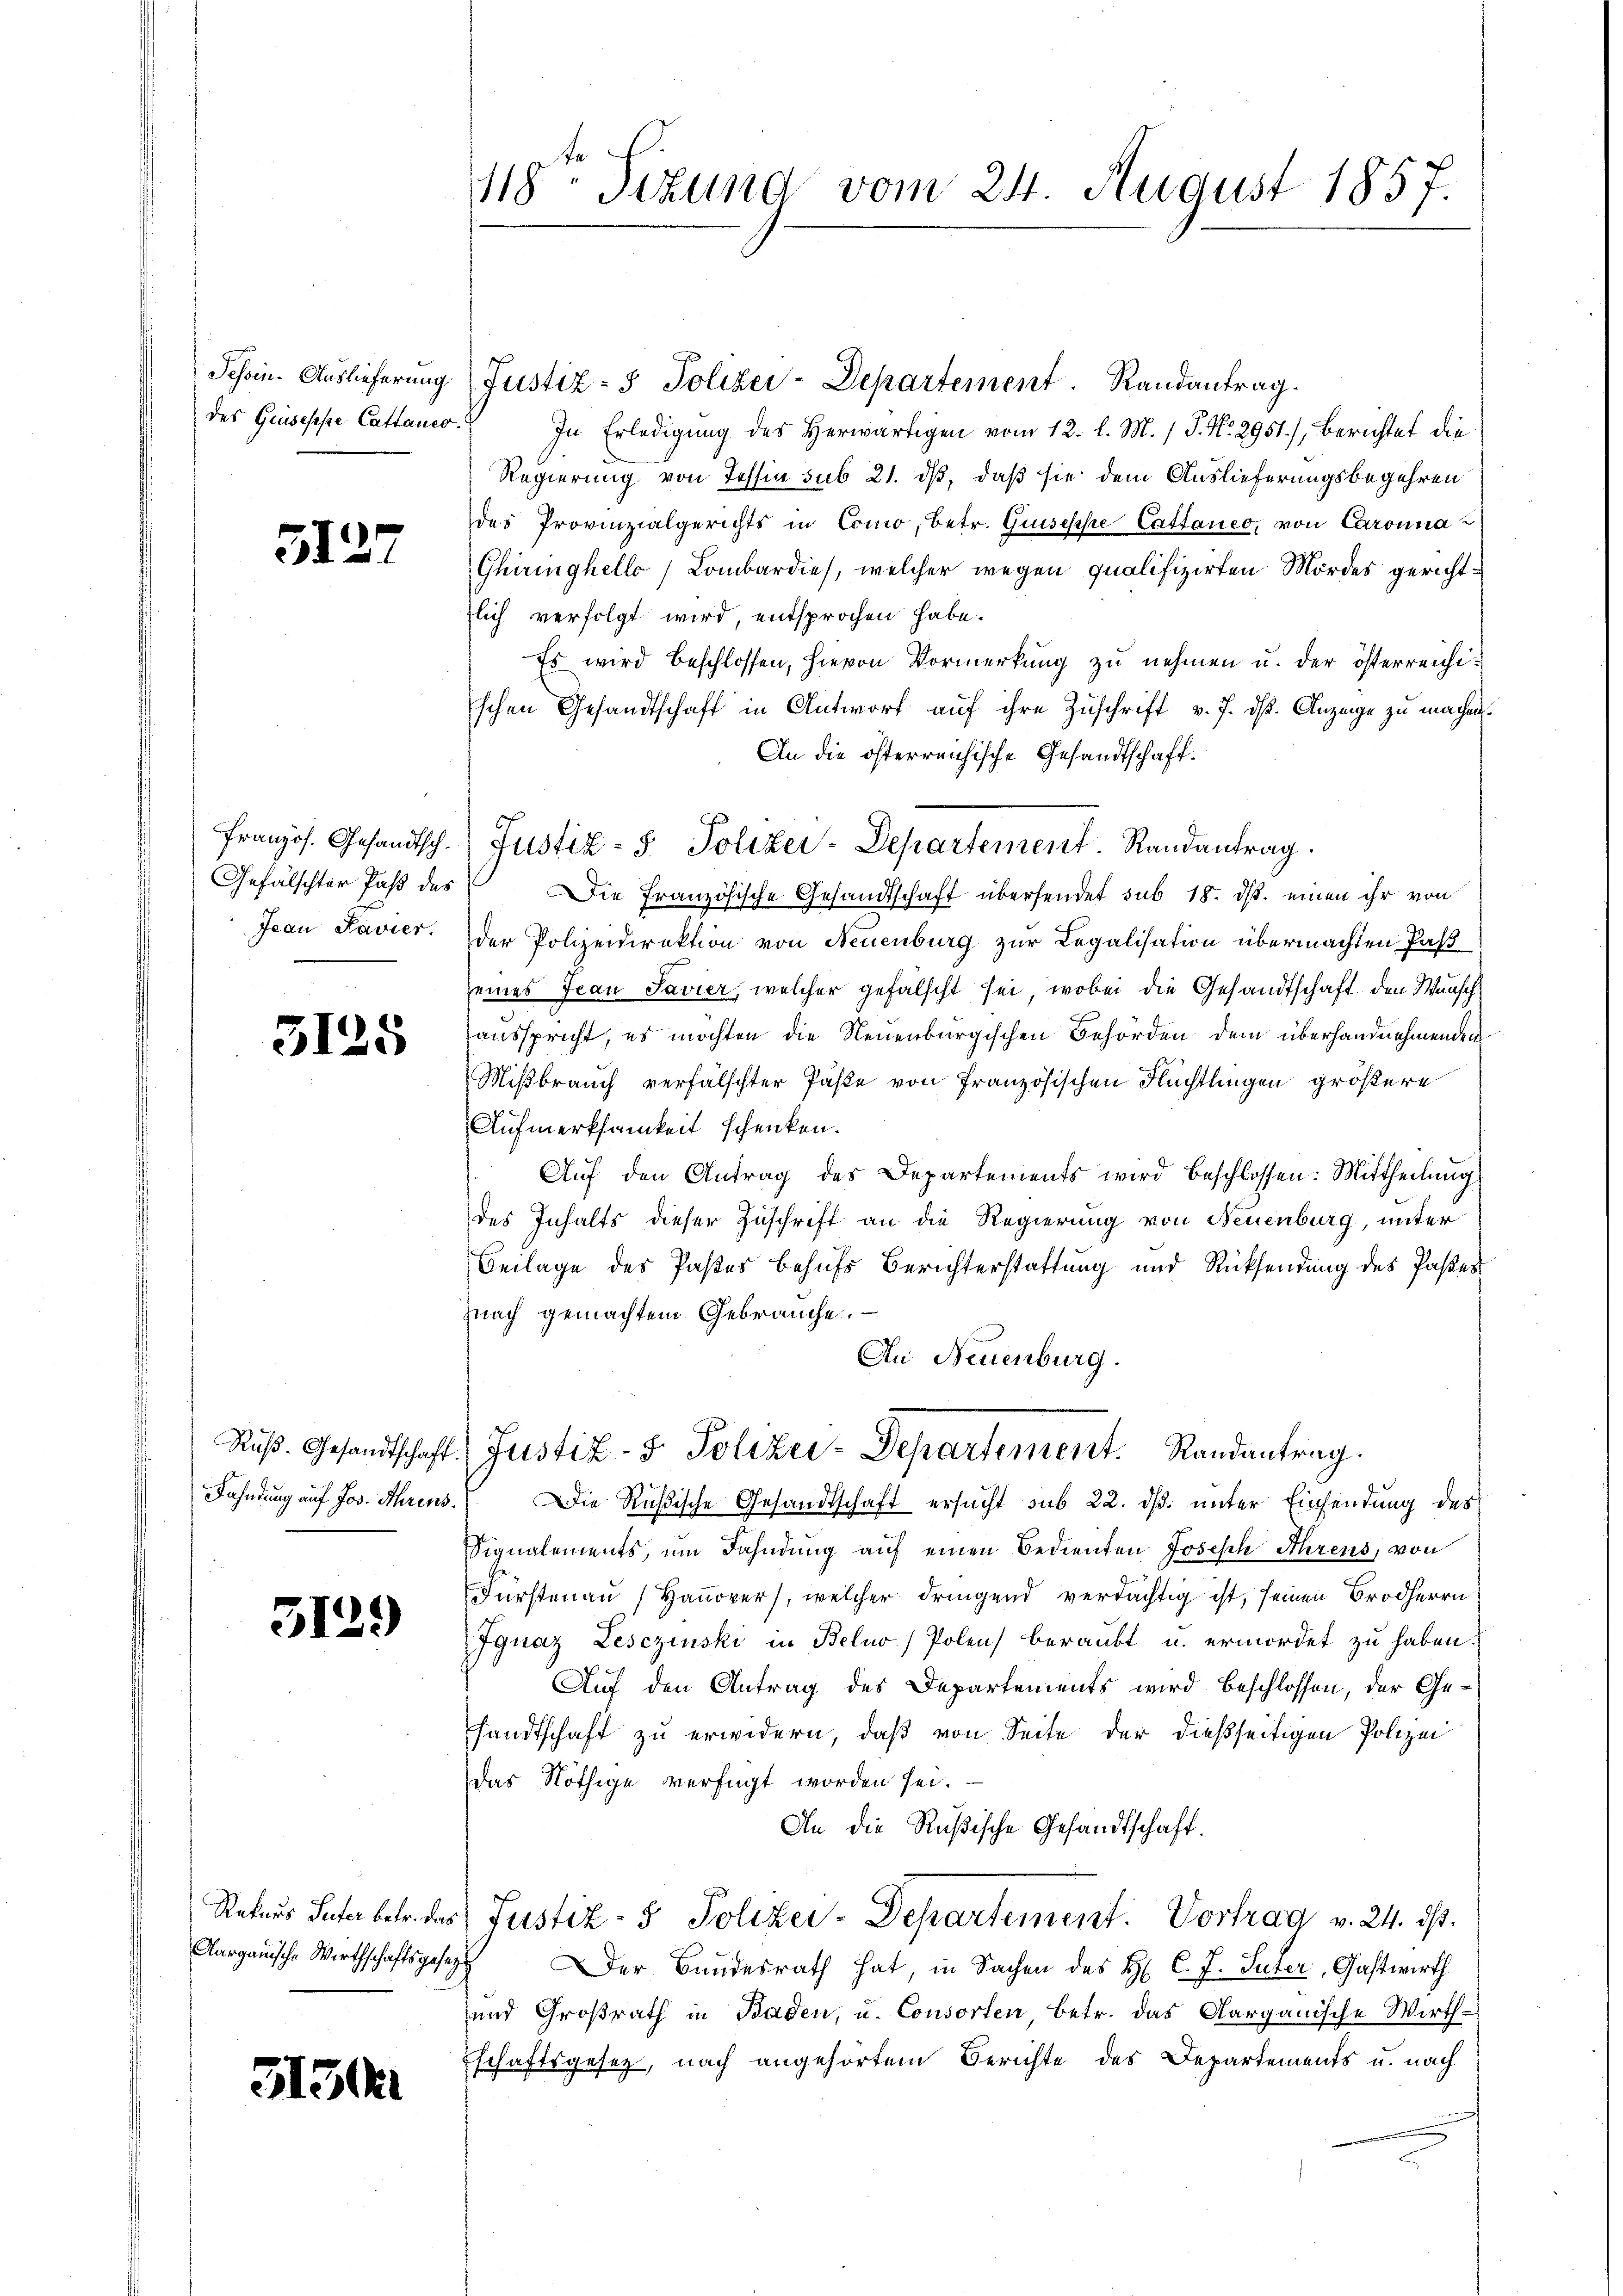
Sehoin. Auslieferung
des Guisesse Cattaner.

5127

Französ. Gesandtsch.
Gefälschter Paß des
Jean Pavier.

3125

Ruß. Gesandtschaft
Fahndung auf Jos. Ahrens.

5129

Aargauische Wirthschaftsgese¬

5150

118. Sitzung vom 24. August 1857.

Justiz- & Polizei-Departement. Randantrag.
In Erledigung des Herwärtigen vom 12. l. M. 1 P. Nr. 2951), berichtet die
Regierung von Tessia sub 21. dß, daß sie dem Auslieferungsbegehren
des Provinzialgerichts in Como, betr. Giuseppe Cattaneo, von Caronna
Ghiringhello, Lombardies, welcher wegen qualifizirten Mordes gerichtzlich verfolgt wird, entsprochen habe.
Es wird beschlossen, hievon Vormerkung zu nehmen u. der österreichischen Gesandtschaft in Antwort aŭf ihre Zŭschrift v. 7. ds. Anzeige zu machen.
An die österreichische Gesandtschaft.
Die Französische Gesandtschaft übersendet sub 18. ds. einen ihr von
der Polizeidirektion von Neuenburg zur Legalisation übermachten Paß
seines Jean Pavier, welcher gefälscht sei, wobei die Gesandtschaft den Wunsch
ausspricht, es möchten die Neuenburgischen Behörden dem überhandnehmenden
Mißbrauch verfälschter Paste von Französischen Nüchtlingen größere
Aufmerksamkeit schenken.
Aŭf den Antrag des Departements wird beschlossen: Mittheilung
des Inhalts dieser Zuschrift an die Regierung von Neuenburg, unter
Beilage des Pastes behufs Berichterstattung und Rücksendung des Paßes
nach gemachtem Gebrauche.
An Neuenburg.
 Justiz- & Polizei-Departement. Randantrag.
Die Rußische Gesandtschaft ersucht sub 22. dß. unter Einsendung des
Signalements, um Dahndung auf einen Bedienten Joseph Ahrens, von
Fürstenau (Hanover, welcher dringend verdächtig ist, seinen Brodherrn
Ignaz Lesezinski in Belno) Polen beraubt u. ermordet zu haben.
Auf den Antrag des Departements wird beschlossen, der Gesandtschaft zu erwidern, daß von Seite der dießseitigen Polizei
Das Nöthige verfügt worden sei.
An die Rußische Gesandtschaft.
Rekars Peter betr. das Justiz- & Polizei-Departement. Vortrag v. 24. ds.
ch
Der Bundesrath hat, in Sachen des H. C. J. Suter, Gastwirth
und Großrath in Baden, u. Consorten, betr. das Aargauische Wirthschaftsgesetz, nach angehörtem Berichte des Departements u. nach

Justiz- & Polizer-Departement. Randantrag.